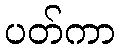
ပတ်ကာ